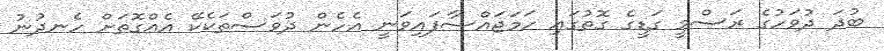
ބުދަ ދުވަހުގެ ރަސްމީ ގަޑީގެ ގޮތުގައި ހަމަޖައްސާފައިވަނީ އެހެން ދުވަސްތަކެކޭ އެއްގޮތަށް ހެނދުނު